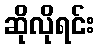
ဆိုလိုရင်း